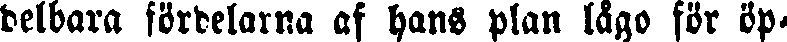
delbara fördelarna af hans plan lago för öp-